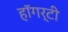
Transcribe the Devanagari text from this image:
हॉगर्टी